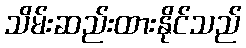
သိမ်းဆည်းထားနိုင်သည်